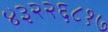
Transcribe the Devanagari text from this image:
४३२२६८१७